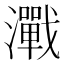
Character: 𬉢